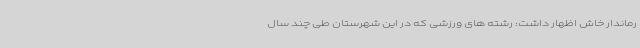
رماندار خاش اظهار داشت: رشته های ورزشی که در این شهرستان طی چند سال